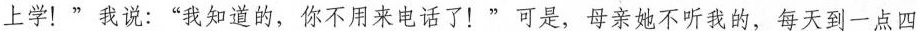
上学！”我说：”我知道的，你不用来电话了！”可是，母亲她不听我的，每天到一点四